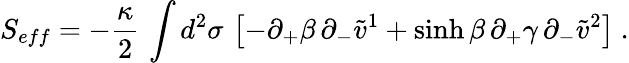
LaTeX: S_{eff}=-{\frac{\kappa}{2}}\, \int d^{2}\sigma\, \left[-\partial_{+}\beta\, \partial_{-}\tilde{v}^{1}+\sinh\beta\, \partial_{+}\gamma\, \partial_{-}\tilde{v}^{2}\right]\ .